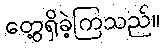
တွေ့ရှိခဲ့ကြသည်။